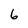
Character: 6